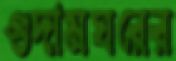
গুদামঘরের